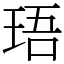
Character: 珸